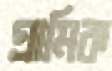
গ্রামিক